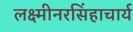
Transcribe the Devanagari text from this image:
लक्ष्मीनरसिंहाचार्य